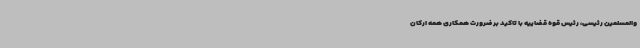
والمسلمین رئیسی، رئیس قوه قضاییه با تاکید بر ضرورت همکاری همه ارکان